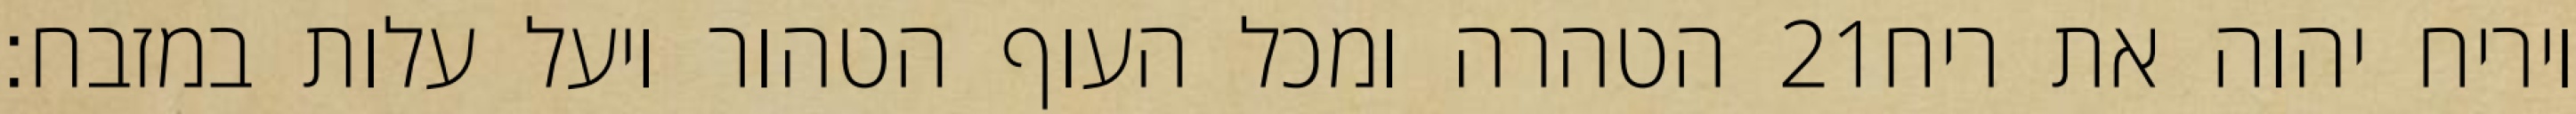
הטהרה ומכל העוף הטהור ויעל עלות במזבח׃ ‎21‏ ויריח יהוה את ריח